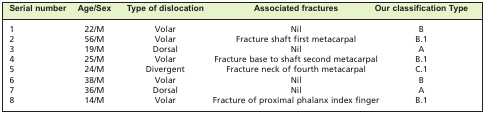
| Serial number | Age/Sex | Type of dislocation | Associated fractures | Our classification Type |
 | --- | --- | --- | --- | --- |
 | 1 | 22/M | Volar | Nil | B |
 | 2 | 56/M | Volar | Fracture shaft first metacarpal | B.1 |
 | 3 | 19/M | Dorsal | Nil | A |
 | 4 | 25/M | Volar | Fracture base to shaft second metacarpal | B.1 |
 | 5 | 24/M | Divergent | Fracture neck of fourth metacarpal | C.1 |
 | 6 | 38/M | Volar | Nil | B |
 | 7 | 36/M | Dorsal | Nil | A |
 | 8 | 14/M | Volar | Fracture of proximal phalanx index finger | B.1 |